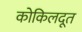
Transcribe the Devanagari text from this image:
कोकिलदूत